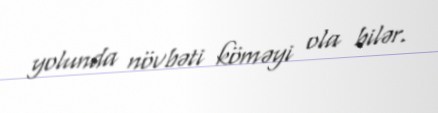
yolunda növbəti köməyi ola bilər.